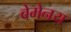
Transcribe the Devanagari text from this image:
बेमेनय